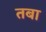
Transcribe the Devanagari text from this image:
तबा